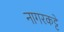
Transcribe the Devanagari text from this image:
नागरकट्टे